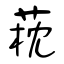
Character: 萙